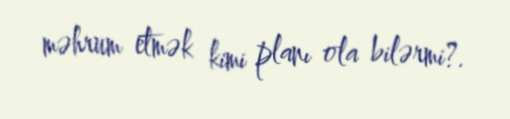
məhrum etmək kimi planı ola bilərmi?.